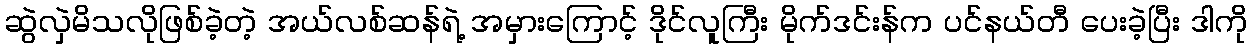
ဆွဲလှဲမိသလိုဖြစ်ခဲ့တဲ့ အယ်လစ်ဆန်ရဲ့ အမှားကြောင့် ဒိုင်လူကြီး မိုက်ဒင်းန်က ပင်နယ်တီ ပေးခဲ့ပြီး ဒါကို